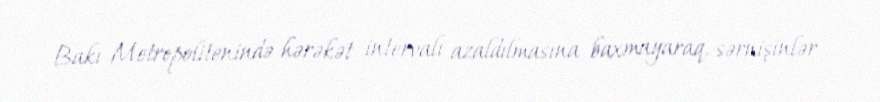
Bakı Metropolitenində hərəkət intervalı azaldılmasına baxmayaraq, sərnişinlər